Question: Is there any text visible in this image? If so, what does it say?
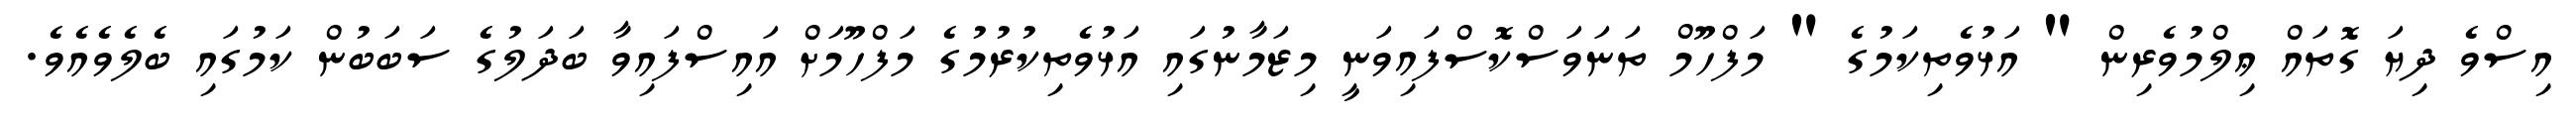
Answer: އިސްވެ ދިޔަ ގޮތައް ޢިލްމުވެރިން " އަޅުވެތިކަމުގެ " މަފްހޫމް ތަނަވަސްކޮސްފައިވަނީ މިޒަމާނުގައި އަޅުވެތިކުރުމުގެ މަފްހޫމަށް އައިސްފައިވާ ބަދަލުގެ ސަބަބުން ކަމުގައި ބެލެވެއެވެ.